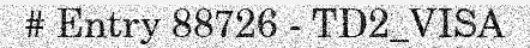
# Entry 88726 - TD2_VISA